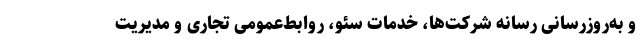
و به‌روزرسانی رسانه شرکت‌ها، خدمات سئو، روابط‌عمومی تجاری و مدیریت